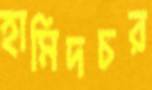
হামিদচর